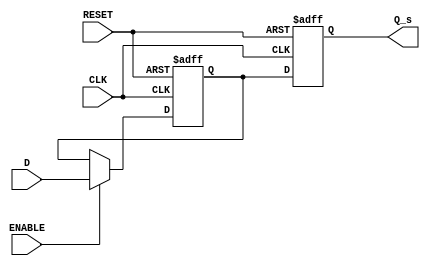
module master_slave_sync (
    input wire D,               // Data input
    input wire CLK,             // Clock input
    input wire RESET,           // Asynchronous reset
    input wire ENABLE,          // Enable signal
    output reg Q_s             // Synchronized data output
);

    reg Q_m;                   // Output from the master flip-flop

    // Master flip-flop: triggered on rising edge of CLK
    always @(posedge CLK or posedge RESET) begin
        if (RESET) begin
            Q_m <= 1'b0;       // Reset master flip-flop to 0
        end else if (ENABLE) begin
            Q_m <= D;          // Capture input D when ENABLE is high
        end
    end

    // Slave flip-flop: triggered on falling edge of CLK
    always @(negedge CLK or posedge RESET) begin
        if (RESET) begin
            Q_s <= 1'b0;       // Reset slave flip-flop to 0
        end else begin
            Q_s <= Q_m;        // Capture output from master flip-flop
        end
    end

endmodule